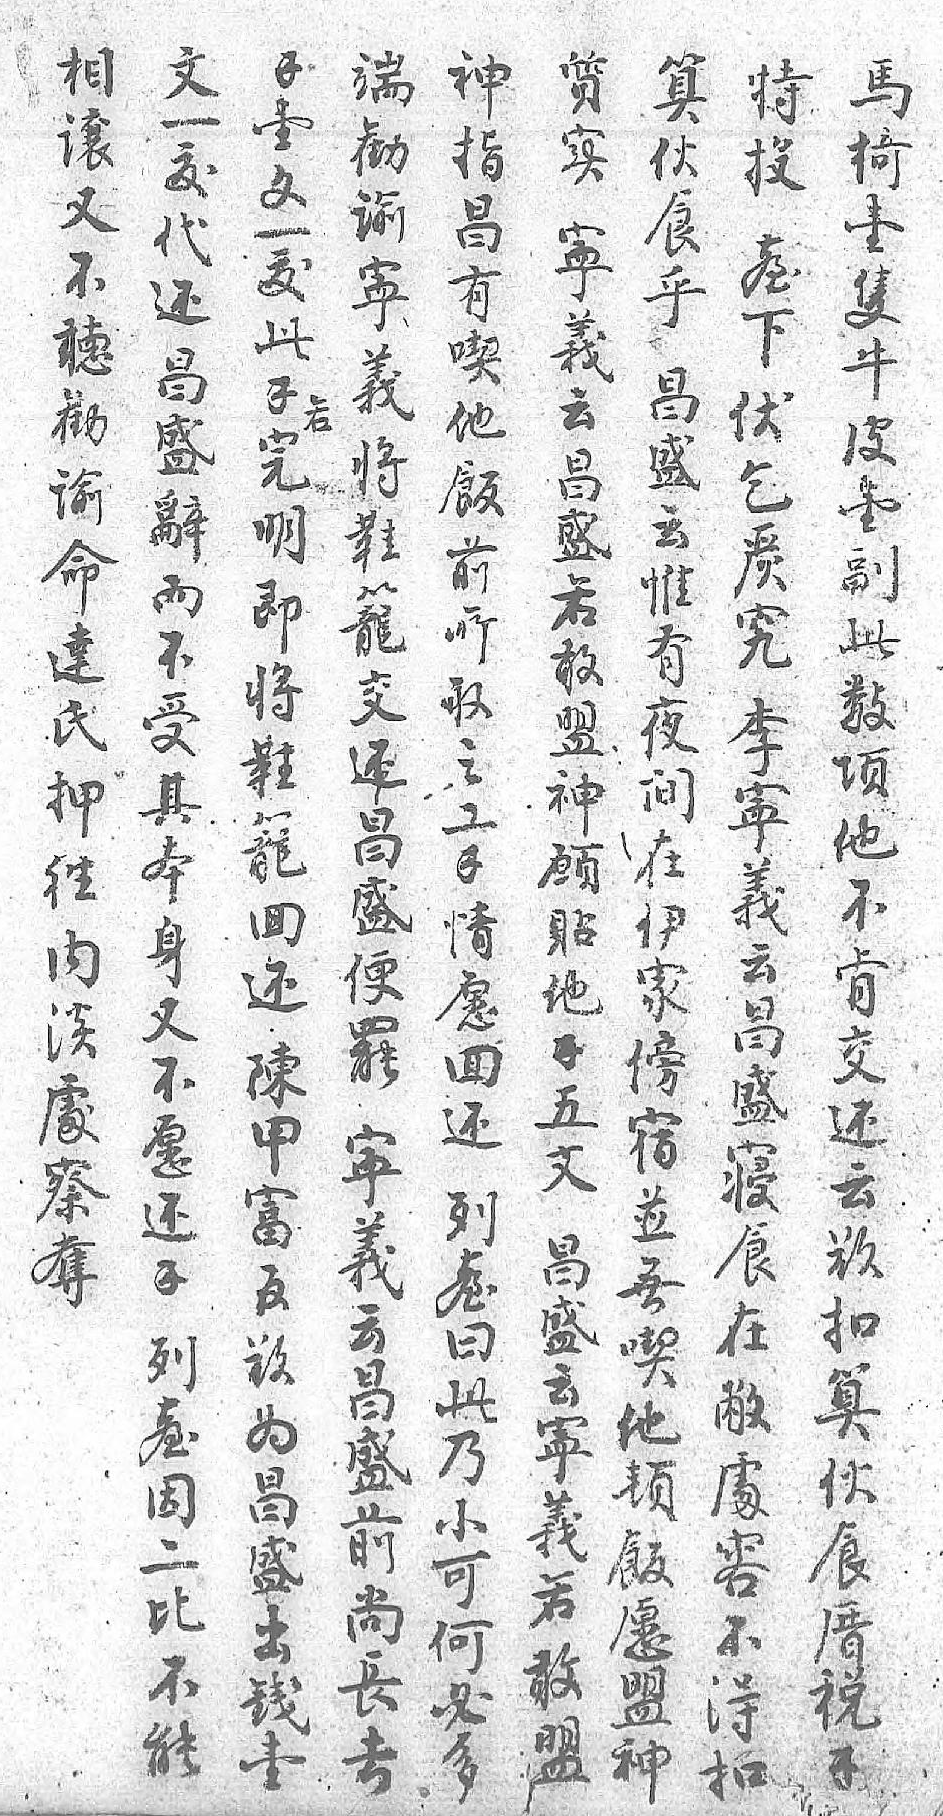
相文神錢端特質馬算若讓一指壹勧投实椅伙 又犮昌文谕𦤼寕壹食 不代有一寕下義隻乎 聽还喫犮義伏云牛昌 勧昌他此将乞昌皮盛 谕盛飯錢鞋𭴪盛壹云 命辭前完籠究若副惟 達而所明交李敢此有 氏不取即还寕盟數夜 押受之将昌義神项间 往其工鞋盛云願他在 内本錢籠便昌貼不伊 淡身情囬罷盛他肯家 䖏又愿还寕寝錢交傍 察不囬陳義食五还宿 奪愿还甲云在文云並  还列富昌敝昌欲無  錢𦤼官盛䖏盛扣喫  列曰欲前容云算他  𦤼此为尚不寕伙顿  因乃昌長得義食飯  二小盛去扣若厝愿  比可出  敢税盟  不何錢  盟錢神  能必壹        多